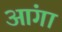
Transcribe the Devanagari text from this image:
आंगा